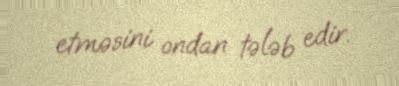
etməsini ondan tələb edir.